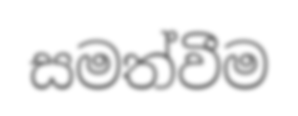
සමත්වීම